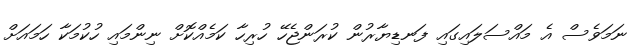
ނަމަވެސް އެ މައްސަލައިގައި ފަނޑިޔާރުން ކުރަންޖެހޭ ހުރިހާ ކަމެއްކޮށް ނިންމައި ހުކުމަކާ ހަމައަށް